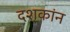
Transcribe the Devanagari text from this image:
दशकांन